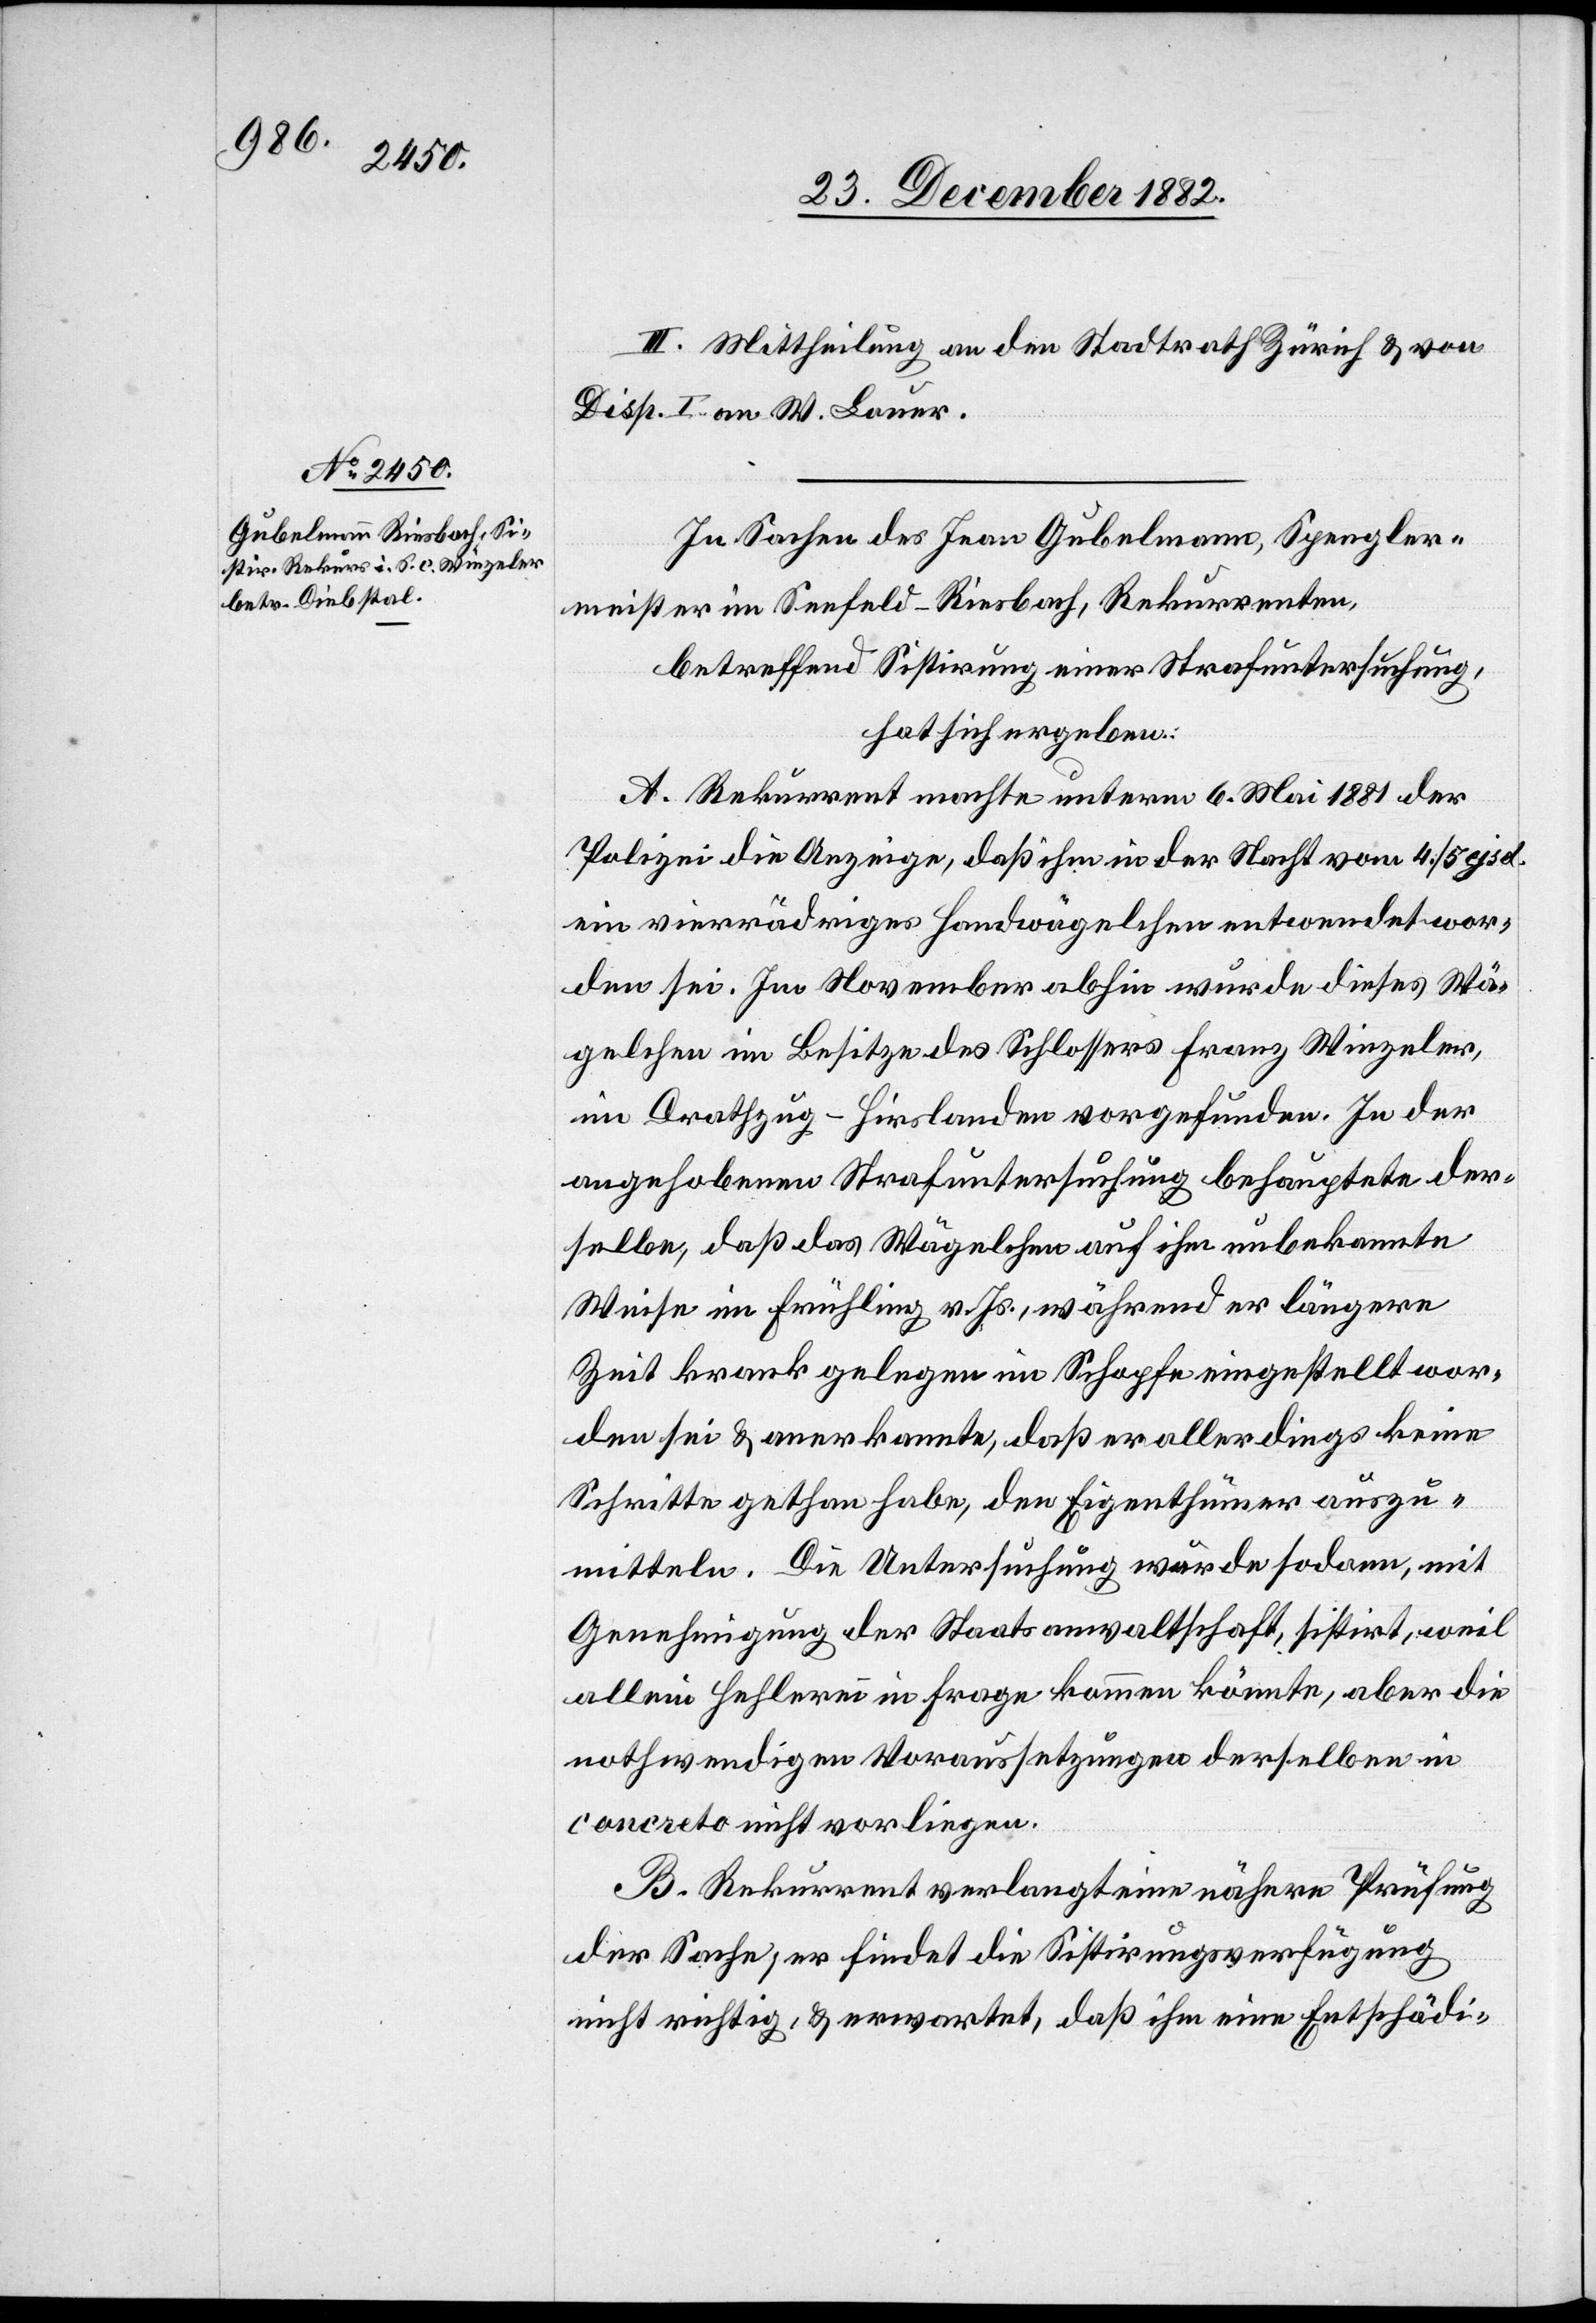
III. Mittheilung an den Stadtrath Zürich & von
Disp. I an W. Lauer.
In Sachen des Jean Gubelmann, Spengler¬
meister im Seefeld - Riesbach, Rekurrenten,
betreffend Sistirung einer Strafuntersuchung,
hat sich ergeben:
A. Rekurrent machte unterm 6. Mai 1881 der
Polizei die Anzeige, daß ihm in der Nacht vom 4./5. ejsd.
ein vierrädriges Handwägelchen entwendet wor¬
den sei. Im November abhin wurde dieses Wä¬
gelchen im Besitze des Schlossers Franz Winzeler,
im Drathzug - Hirslanden vorgefunden. In der
Angehobenen Strafuntersuchung behauptete der¬
selbe, daß das Wägelchen auf ihm unbekannte
Weise im Frühling v. Js., während er längere
Zeit krank gelegen im Schopfe eingestellt wor¬
den sei & anerkannte, daß er allerdings keine
Schritte gethan habe, den Eigenthümer auszu¬
mitteln. Die Untersuchung wurde sodann, mit
Genehmigung der Staatsanwaltschaft, sistirt, weil
allein Hehlerei in Frage kommen könnte, aber die
nothwendigen Voraussetzungen derselben in
concreto nicht vorliegen.
B. Rekurrent verlangt eine nähere Prüfung
der Sache; er findet die Sistirungsverfügung
nicht richtig, & erwartet, daß ihm eine Entschädi-